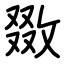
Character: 敪